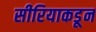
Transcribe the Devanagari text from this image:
सीरियाकडून